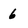
Character: 6